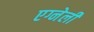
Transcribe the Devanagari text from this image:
एग्नेली